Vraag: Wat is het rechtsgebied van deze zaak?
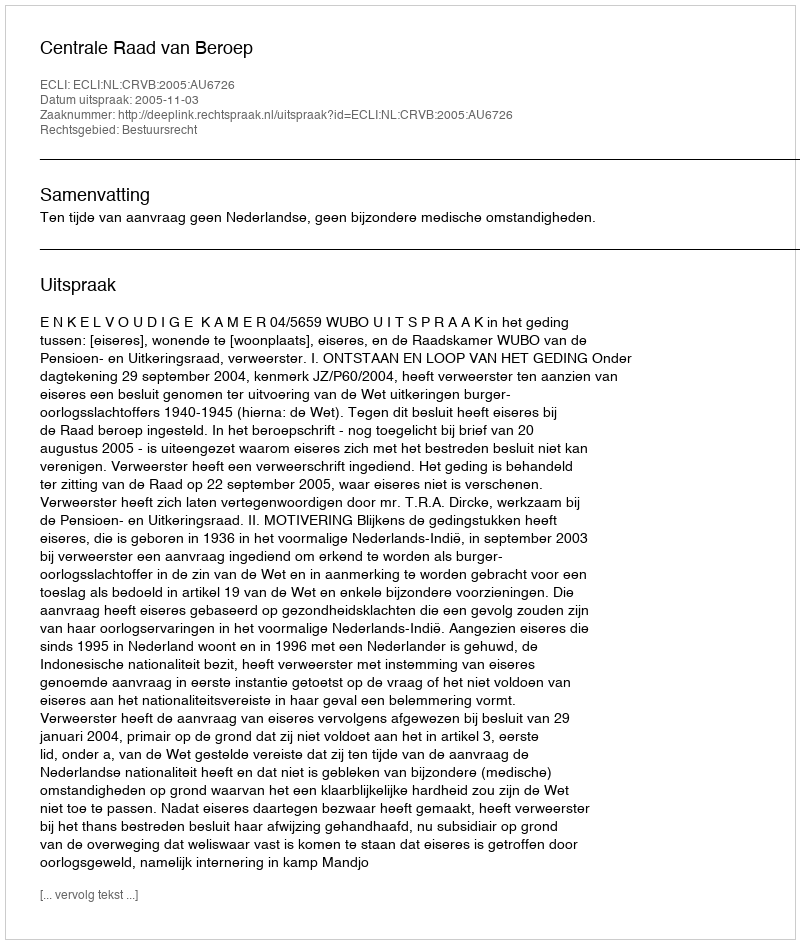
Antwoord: Bestuursrecht